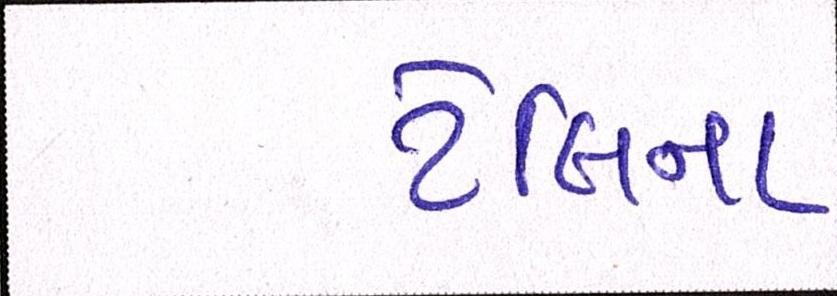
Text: ટેલિના